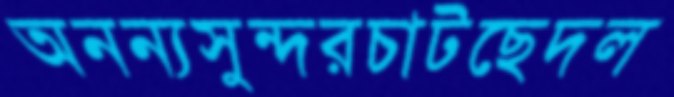
অনন্যসুন্দরচাটছেদল